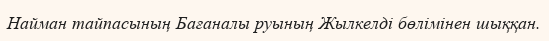
Найман тайпасының Бағаналы руының Жылкелді бөлімінен шыққан.